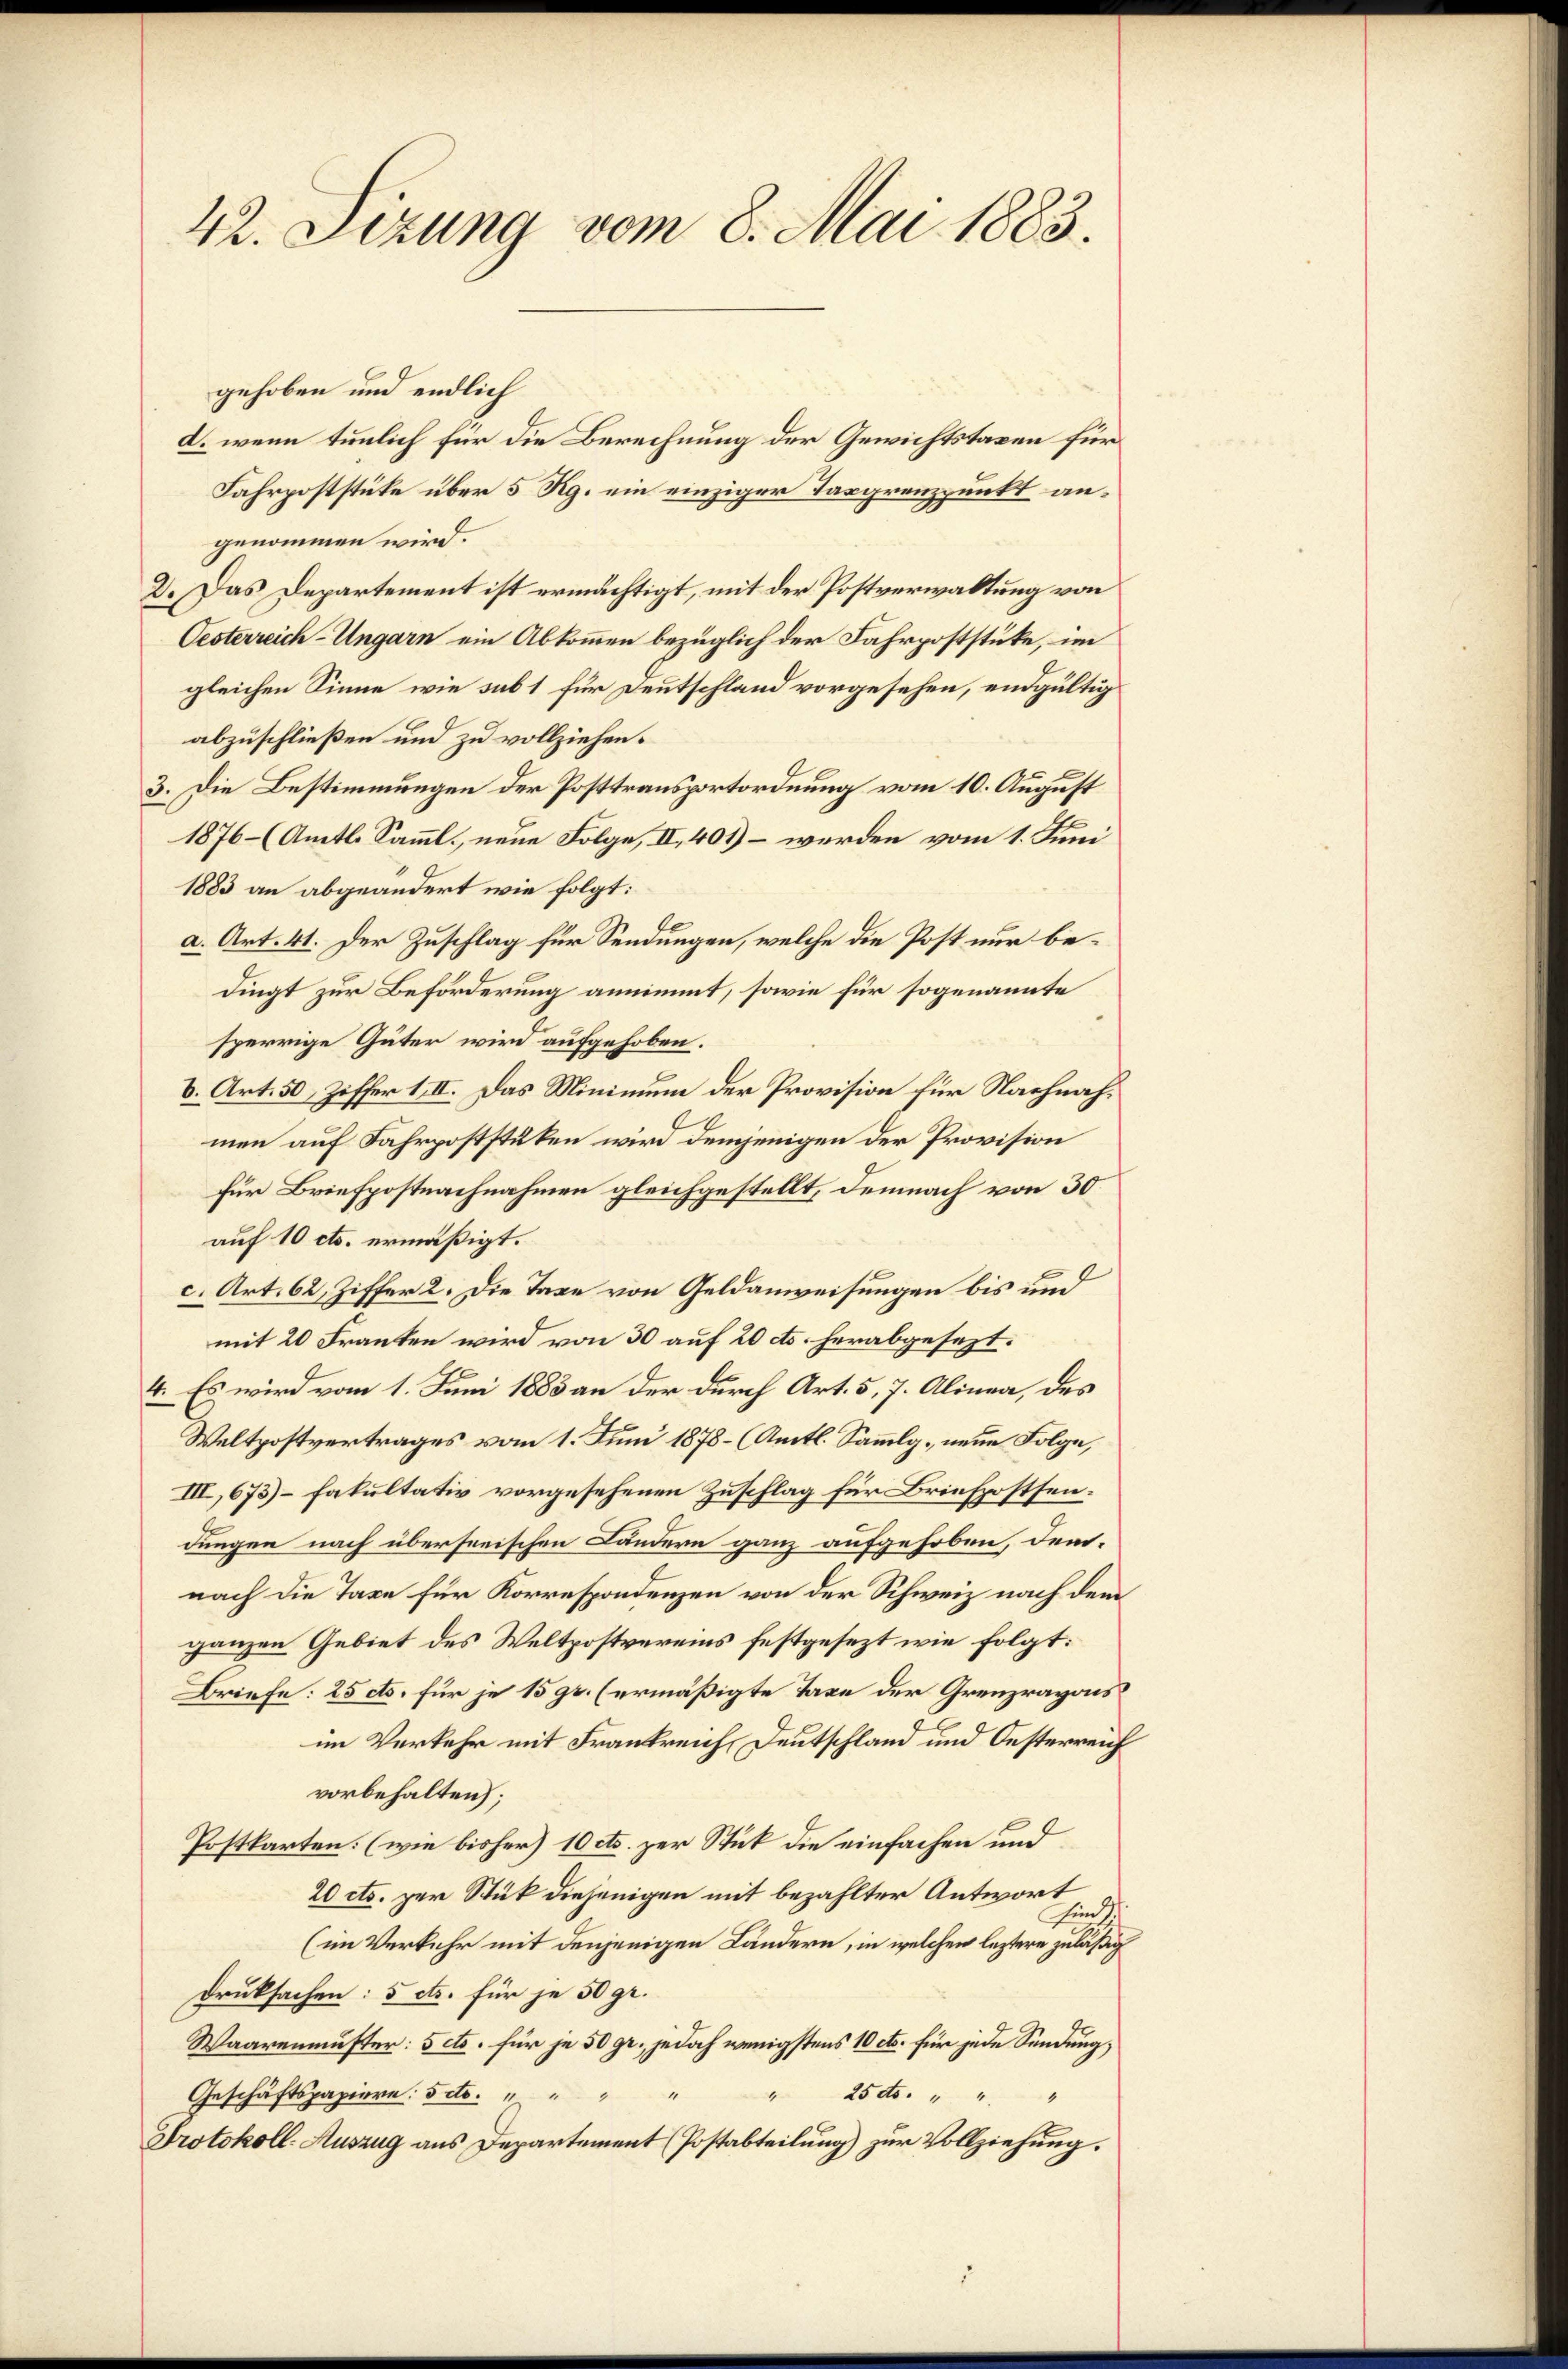
42. Sizung vom 8. Mai 1883.

gehoben und endlich
d. wenn tunlich für die Berechnung der Gewichtstaxen für
Fahrpoststüke über 5 Rg. ein einziger Tasgrenzpunkt angenommen wird.
D. Das Departement ist ermächtigt, mit der Postverwaltung von
Oesterreich-Ungarn ein Abkommen bezüglich der Fahrpoststücke, im
gleichen Sinne wie sub 1 für Deutschland vorgesehen, endgültig
abzuschließen und zu vollziehen.
3. Die Bestimmungen der Posttransportordnung vom 10. August
1876 (Amts Samml., neue Folge, II, 401) – werden vom 1. Juni
1883 an abgeändert wie folgt:
a. Art. 41. Der Zuschlag für Sendungen, welche die Post nur bedingt zur Beförderung annimmt, sowie für sogenannte
sperrige Güter wird aufgehoben.
b. Art. 50, Ziffer 1, II. Das Minimum der Provision für Nachnahmen auf Fahrpoststüken wird demjenigen der Provision
für Briefpostnachnahmen gleichgestellt, demnach von 30
auf 10 cts. ermäßigt.
c. Art. 62, Ziffer 2. Die Taxe von Geldanweisungen bis und
mit 20 Franten wird von 30 auf 20 cts. herabgesezt.
4. Es wird vom 1. Juni 1883 an der durch Art. 5, 7. Alinea, des
Waltpostvertrages vom 1. Juni 1878 – (Amtl. Sammlg. neue Folge,
III, 675)- fakultativ vorgesehenen Zuschlag für Briefpostsen.
dungen nach überseeischen Ländern ganz aufgehoben, dem
nach die Taxe für Korrespondenzen von der Schweiz nach dem
ganzen Gebiet des Weltpostvereins festgesezt wie folgt:
Briefe: 25 cts. für je 1592. (ermäßigte Taxe der Grenzrayons
im Verkehr mit Frankreich Deutschland und Oesterreich
vorbehalten);
Postkarten: (wie bisher) 10 cts. zur Stuck die einfachen und
20 cts. zur Stük diejenigen mit bezahlter Antwort
sind.
(im Verkehr mit denjenigen Ländern, in welchen leztere zuläßig
Druksachen: 5 cts. für je 50 gr.
Waarenmuster: Scto. für je 50 gr. jedoch wenigstens 10 cts. für jede Sendung,
25 dto " "
Geschäftspapiere: Seto.
Protokoll-Auszug aus Departement (Postabteilung) zur Vollziehung.